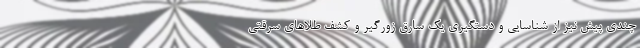
چندی پیش نیز از شناسایی و دستگیری یک سارق زورگیر و کشف طلاهای سرقتی